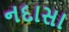
નદાસા